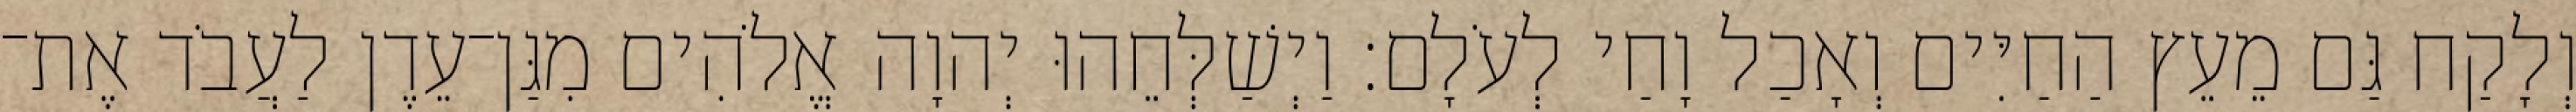
וְלָקַח גַּם מֵעֵץ הַחַיִּים וְאָכַל וָחַי לְעֹלָם׃ וַיְשַׁלְּחֵהוּ יְהוָה אֱלֹהִים מִגַּן־עֵדֶן לַעֲבֹד אֶת־